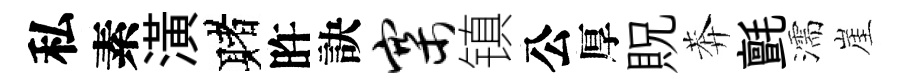
私素潢赌旿訣寨镇公厚貺莾氈濡崖